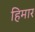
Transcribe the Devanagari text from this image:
हिमार